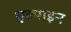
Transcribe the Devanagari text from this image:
एल्‍पाइन